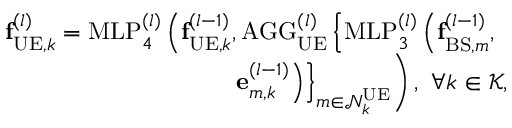
\begin{array} { r } { \mathbf { f } _ { \mathrm { U E } , k } ^ { ( l ) } = \mathrm { M L P } _ { 4 } ^ { ( l ) } \left( \mathbf { f } _ { \mathrm { U E } , k } ^ { ( l - 1 ) } , \mathrm { A G G } _ { \mathrm { U E } } ^ { ( l ) } \left\{ \mathrm { M L P } _ { 3 } ^ { ( l ) } \left( \mathbf { f } _ { \mathrm { B S } , m } ^ { ( l - 1 ) } , \right. \right. \right. } \\ { \left. \left. \left. \mathbf { e } _ { m , k } ^ { ( l - 1 ) } \right) \right\} _ { m \in \mathcal { N } _ { k } ^ { \mathrm { U E } } } \right) , ~ \forall k \in \mathcal { K } , } \end{array}